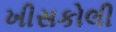
ખીસકોલી